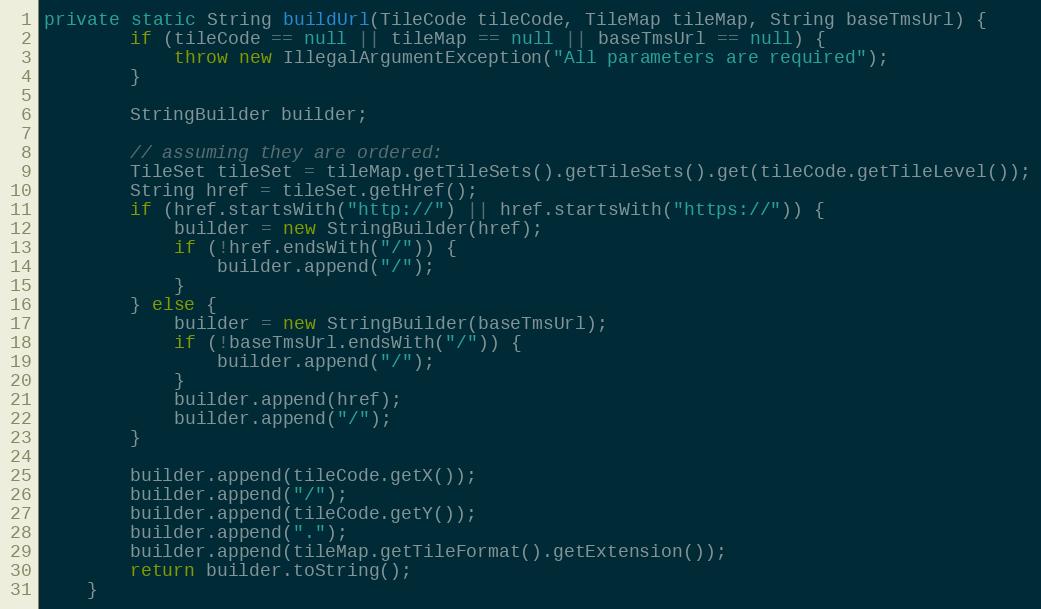
Language: Java
private static String buildUrl(TileCode tileCode, TileMap tileMap, String baseTmsUrl) {
		if (tileCode == null || tileMap == null || baseTmsUrl == null) {
			throw new IllegalArgumentException("All parameters are required");
		}

		StringBuilder builder;

		// assuming they are ordered:
		TileSet tileSet = tileMap.getTileSets().getTileSets().get(tileCode.getTileLevel());
		String href = tileSet.getHref();
		if (href.startsWith("http://") || href.startsWith("https://")) {
			builder = new StringBuilder(href);
			if (!href.endsWith("/")) {
				builder.append("/");
			}
		} else {
			builder = new StringBuilder(baseTmsUrl);
			if (!baseTmsUrl.endsWith("/")) {
				builder.append("/");
			}
			builder.append(href);
			builder.append("/");
		}

		builder.append(tileCode.getX());
		builder.append("/");
		builder.append(tileCode.getY());
		builder.append(".");
		builder.append(tileMap.getTileFormat().getExtension());
		return builder.toString();
	}